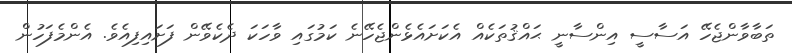
ތަބާވާންޖެހޭ އަސާސީ އިންސާނީ ޙައްޤުތަކެއް އެކަށައެޅެންޖެހޭނެ ކަމުގައި ވާހަކަ ދެކެވޭން ފަށައިފިއެވެ. އެންމެފަހުން